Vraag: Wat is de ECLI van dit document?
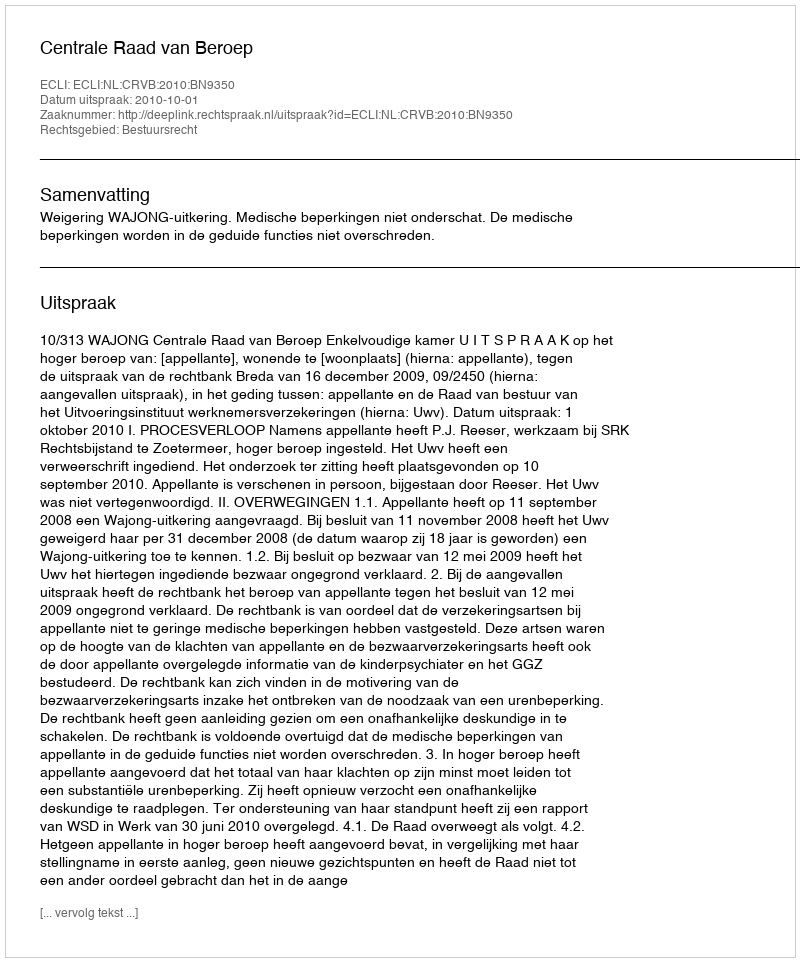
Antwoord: ECLI:NL:CRVB:2010:BN9350